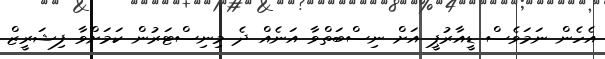
އެހެން ނަމަވެސް ޑީއާރުޕީ އަށް ނިސްބަތްވާ އަނެއް ދެ މިނިސްޓަރުން ކަމަށްވާ ފިޝަރީޒް